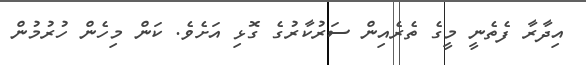
އިދާރާ ފެތެނީ މީގެ ތެރެއިން ސަރުކާރުގެ ގޮޅި އަށެވެ. ކަން މިހެން ހުރުމުން